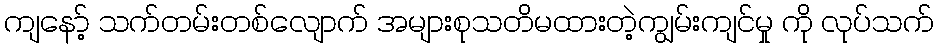
ကျနော့် သက်တမ်းတစ်လျောက် အများစုသတိမထားတဲ့ကျွမ်းကျင်မှု ကို လုပ်သက်